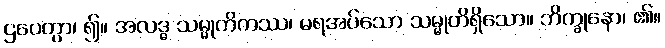
ဌပေတွာ၊ ၍။ အလဒ္ဓ သမ္မုတိကဿ၊ မရအပ်သော သမ္မုတိရှိသော။ ဘိက္ခုနော၊ ၏။